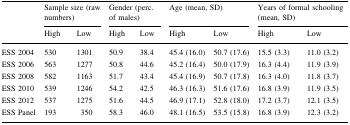
| <ROWSPAN=2>  | <COLSPAN=2> Sample size (raw numbers) | <COLSPAN=2> Gender (perc. of males) | <COLSPAN=2> Age (mean, SD) | <COLSPAN=2> Years of formal schooling (mean, SD) |
 | High | Low | High | Low | High | Low | High | Low |
 | --- | --- | --- | --- | --- | --- | --- | --- | --- |
 | ESS 2004 | 530 | 1301 | 50.9 | 38.4 | 45.4 (16.0) | 50.7 (17.6) | 15.5 (3.3) | 11.0 (3.2) |
 | ESS 2006 | 563 | 1277 | 50.8 | 44.6 | 45.2 (16.4) | 50.0 (17.9) | 16.3 (4.4) | 11.9 (3.9) |
 | ESS 2008 | 582 | 1163 | 51.7 | 43.4 | 45.4 (16.9) | 50.7 (17.8) | 16.3 (4.0) | 11.8 (3.7) |
 | ESS 2010 | 539 | 1246 | 54.2 | 42.5 | 46.3 (16.3) | 51.6 (17.6) | 16.8 (3.9) | 11.9 (3.5) |
 | ESS 2012 | 537 | 1275 | 51.6 | 44.5 | 46.9 (17.1) | 52.8 (18.0) | 17.2 (3.7) | 12.1 (3.5) |
 | ESS Panel | 193 | 350 | 58.3 | 46.0 | 48.1 (16.5) | 53.5 (15.8) | 16.8 (3.9) | 12.3 (3.2) |